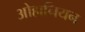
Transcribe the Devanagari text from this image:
ओहानियन